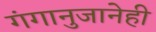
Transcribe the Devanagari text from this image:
गंगानुजानेही